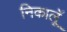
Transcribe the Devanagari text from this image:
निकालूॅ